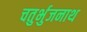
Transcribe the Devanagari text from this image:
चतुर्भुजनाथ